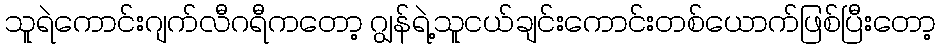
သူရဲကောင်းဂျက်လီဂရီကတော့ ဂျွန်ရဲ့သူငယ်ချင်းကောင်းတစ်ယောက်ဖြစ်ပြီးတော့